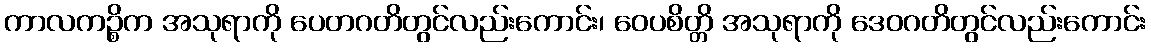
ကာလကဉ္စိက အသုရာကို ပေတဂတိတွင်လည်းကောင်း၊ ဝေပစိတ္တိ အသုရာကို ဒေဝဂတိတွင်လည်းကောင်း